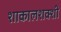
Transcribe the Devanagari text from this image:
शाकालशक्शी